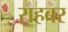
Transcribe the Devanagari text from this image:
राहबर